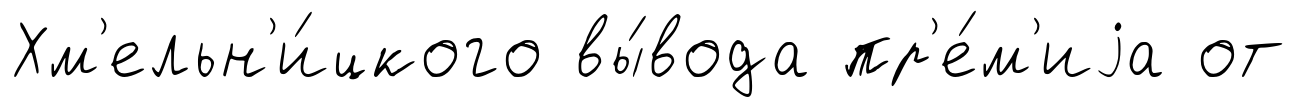
Хм'ельн'и́цкого вы́вода пр'е́м'иjа от